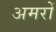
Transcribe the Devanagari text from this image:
अमरों